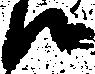
候